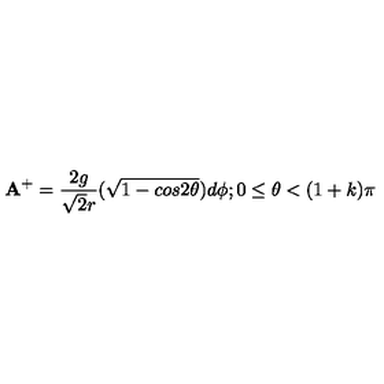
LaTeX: { \bf A } ^ { + } = \frac { 2 g } { { \sqrt { 2 } } r } ( \sqrt { 1 - c o s 2 { \theta } } ) d { \phi } ; 0 \leq { \theta } < ( 1 + k ) { \pi }